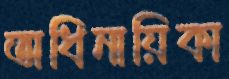
অধিনায়িকা